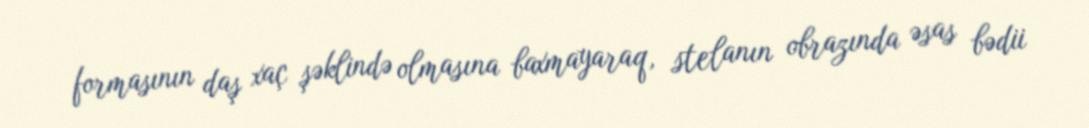
formasının daş xaç şəklində olmasına baxmayaraq, stelanın obrazında əsas bədii